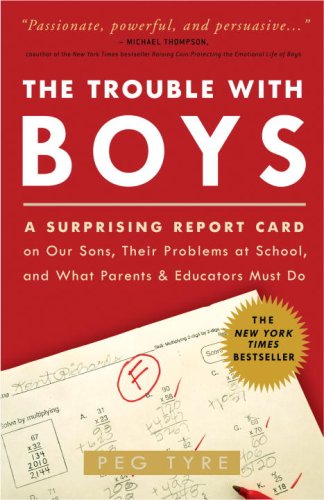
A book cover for The Trouble with Boys: A Surprising Report Card on Our Sons, Their Problems at School, and What Parents and Educators Must Do; Peg Tyre; Education & Teaching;